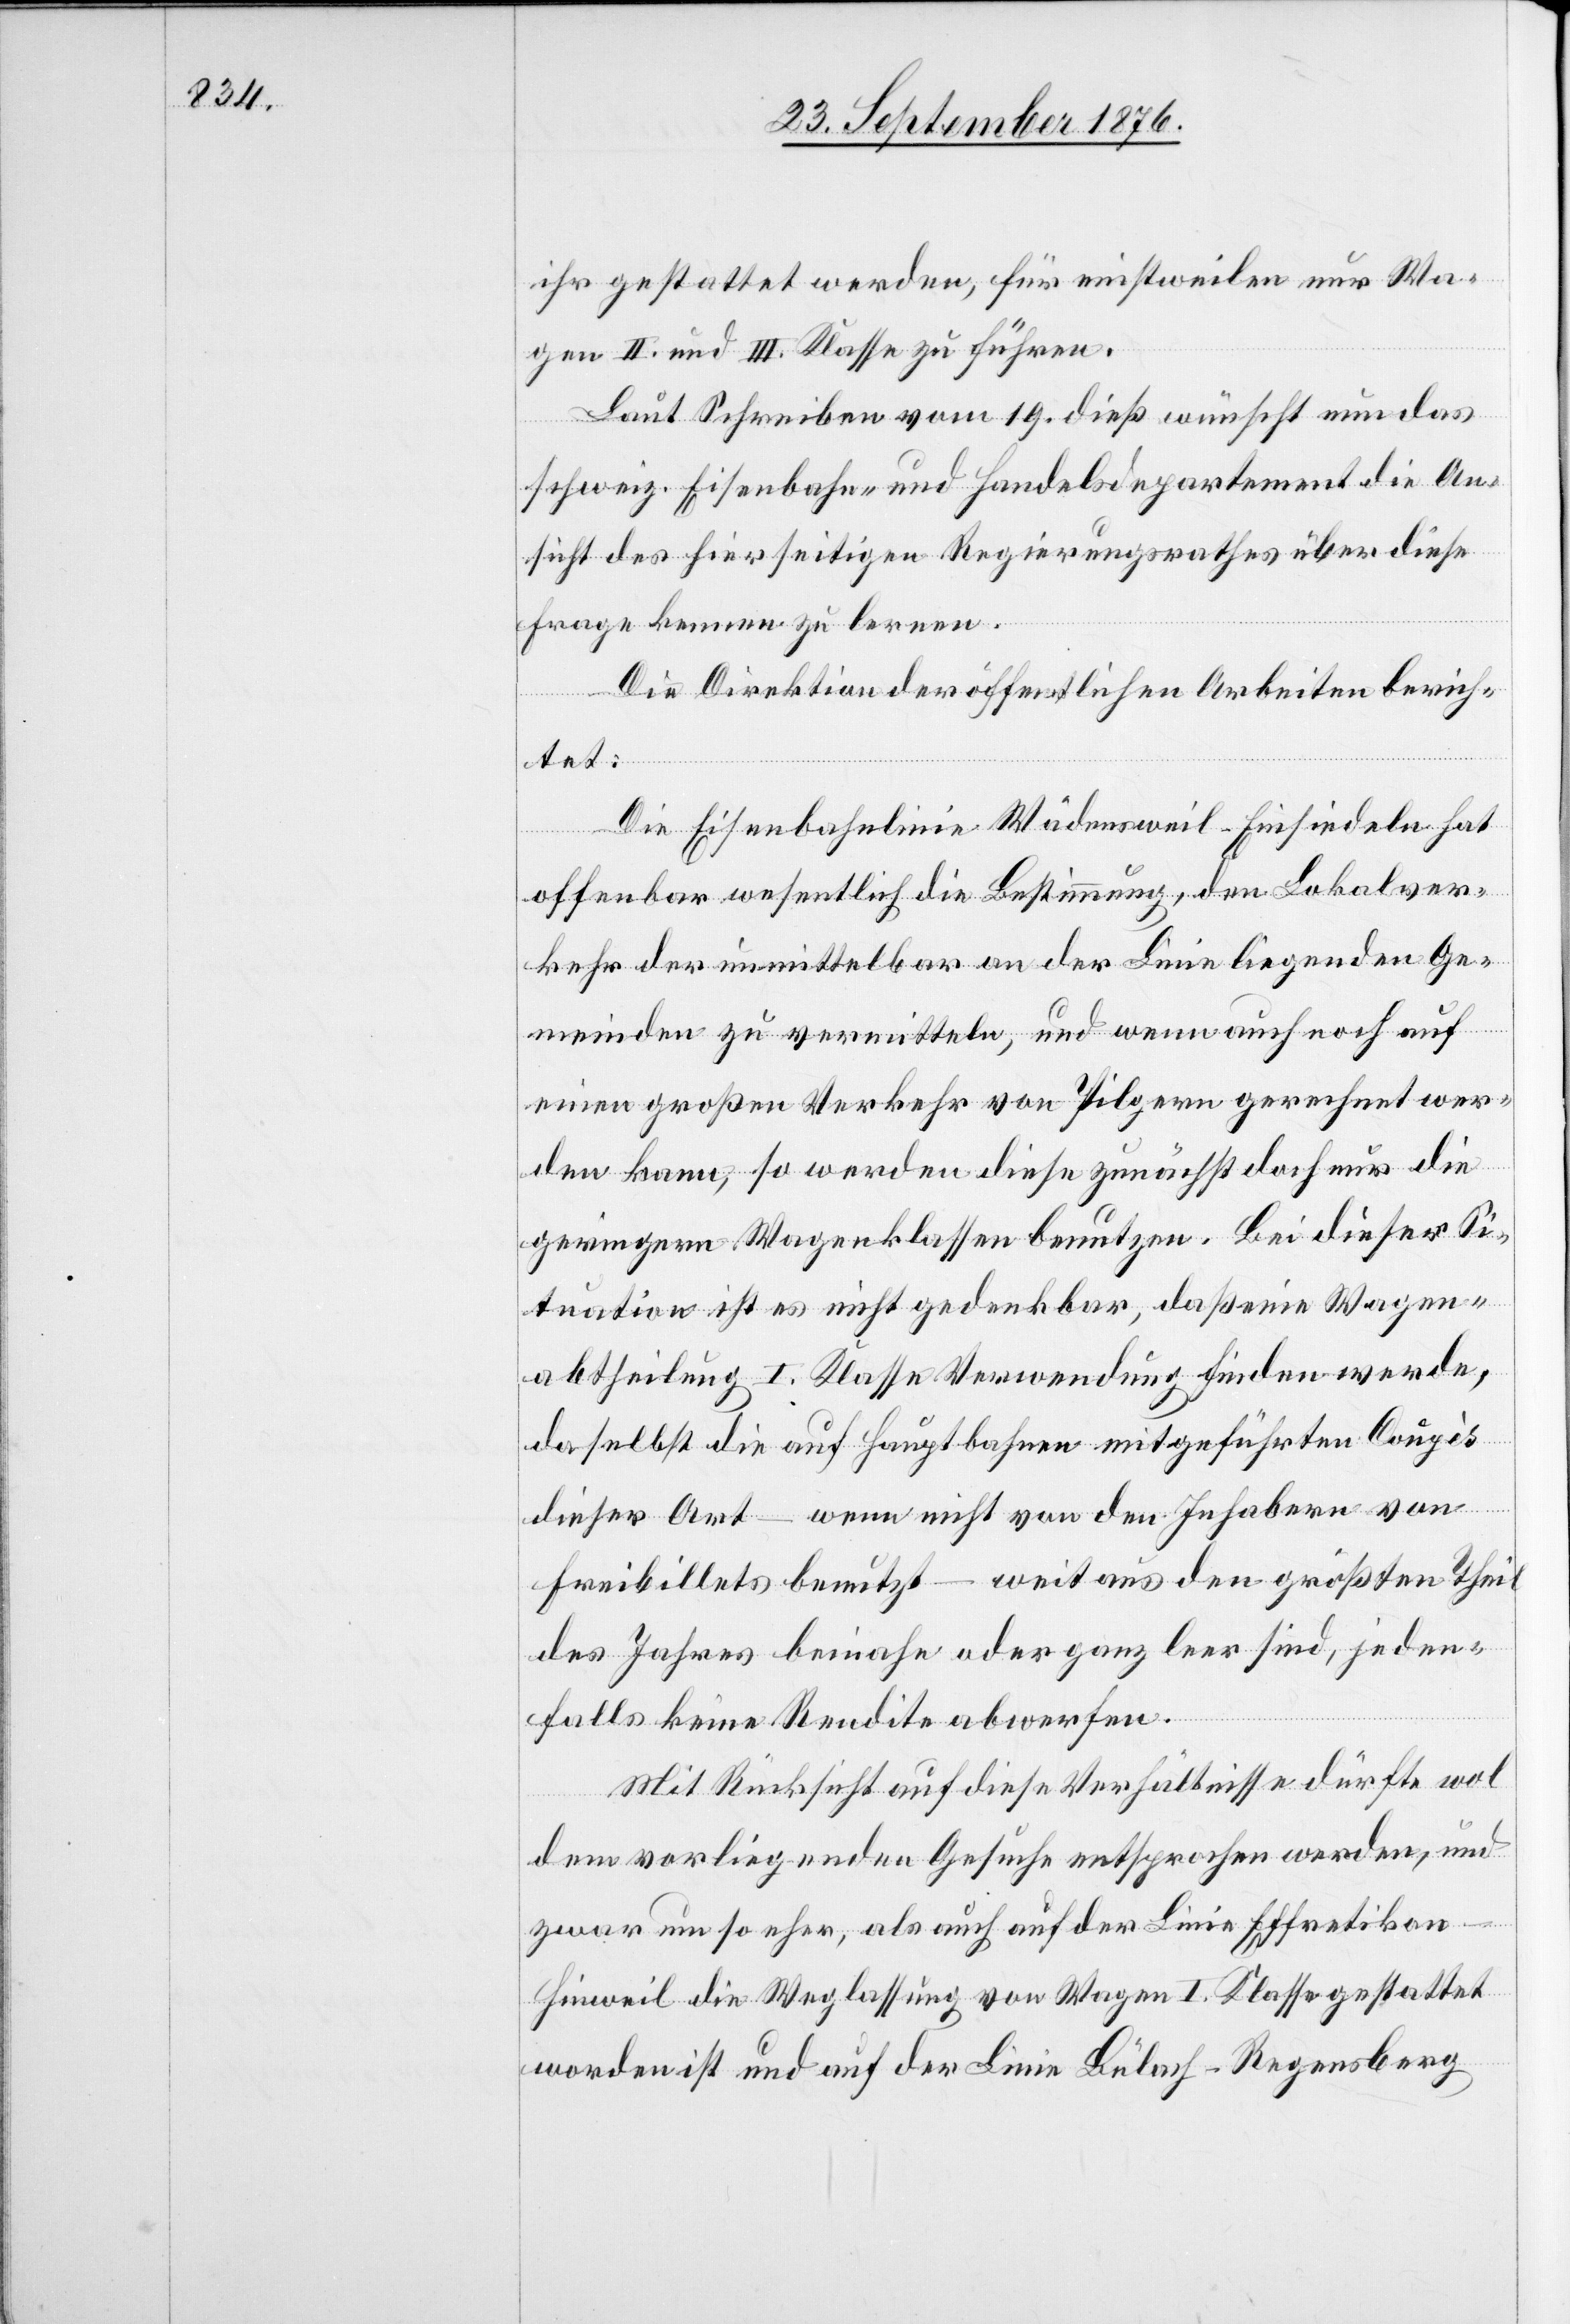
ihr gestattet werden, für einstweilen nur Wa¬
gen II. und III. Klasse zu führen.
Laut Schreiben vom 19. dieß wünscht nun das
schweiz. Eisenbahn- und Handelsdepartement die An¬
sicht des hierseitigen Regierungsrathes über diese
Frage kennen zu lernen.
Die Direktion der öffentlichen Arbeiten berich¬
tet:
Die Eisenbahnlinie Wädensweil–Einsiedeln hat
offenbar wesentlich die Bestimmung, den Lokalver¬
kehr der unmittelbar an der Linie liegenden Ge¬
meinden zu vermitteln, und wenn auch noch auf
einen großen Verkehr von Pilgern gerechnet wer¬
den kann, so werden diese zunächst doch nur die
geringern Wagenklassen benutzen. Bei dieser Si¬
tuation ist es nicht gedenkbar, daß eine Wagen¬
abtheilung I. Klasse Verwendung finden werde,
daselbst die auf Hauptbahnen mitgeführten Coupès
dieser Art – wenn nicht von den Inhabern von
Freibillets benutzt – weit aus den größten Theil
des Jahres beinahe oder ganz leer sind, jeden¬
falls keine Rendite abwerfen.
Mit Rücksicht auf diese Verhältnisse dürfte wol
dem vorliegenden Gesuche entsprochen werden, und
zwar um so eher, als auch auf der Linie Effretikon–H¬
inweil die Weglassung von Wagen I. Klasse gestattet
worden ist und auf der Linie Bülach–Regensberg